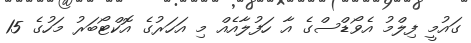
ގައުމީ ފިލްމު އެވޯޑްސްގެ އާ ހަފުލާއެއް މި އަހަރުގެ އޮކްޓޯބަރު މަހުގެ 15